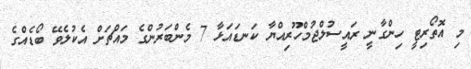
މި އޮތޯރިޓީ ހިންގާނީ ރައީސުލްޖުމްހޫރިއްޔާ ކަނޑައަޅާ 7 މެންބަރުންގެ މައްޗަށް އެކުލެވޭ ބޯޑެއްގެ